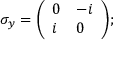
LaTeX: \sigma _ { y } = { \biggl ( } { \begin{array} { l l } { 0 } & { - i } \\ { i } & { 0 } \end{array} } { \biggr ) } ;